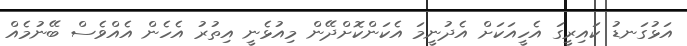
އަޅުގަނޑު ކައިރީގަ އެހީއަކަށް އެދުނީމަ އެކަންކޮށްދޭން މިއުޅެނީ އިތުރު އެހެން އެއްވެސް ބޭނުމެއް